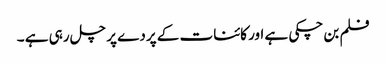
فلم بن چکی ہے اور کائنات کے پردے پر چل رہی ہے ۔